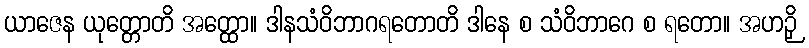
ယာဇေန ယုတ္တောတိ အတ္ထော။ ဒါနသံဝိဘာဂရတောတိ ဒါနေ စ သံဝိဘာဂေ စ ရတော။ အဟဉှိ